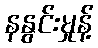
နနွင်းမှုန့်